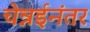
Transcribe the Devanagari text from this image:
चेन्नईनंतर